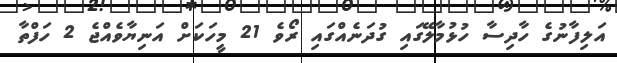
އަލިފާނުގެ ހާދިސާ ހުޅުމާލޭގައި ގުދަނެއްގައި ރޯވެ 21 މީހަކަށް އަނިޔާވެއްޖެ 2 ހަފްތާ